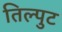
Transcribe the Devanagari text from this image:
तिल्पुट